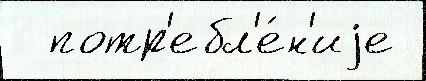
  потр'ебл'е́н'иjе